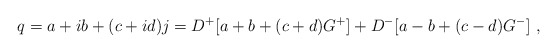
\begin{align*}q = a +ib +(c +id)j = D^+[a+b + (c + d)G^+] + D^-[a-b +(c - d)G^-] ~,\end{align*}